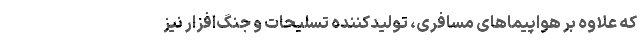
که علاوه ‌بر هواپیماهای مسافری، تولیدکننده تسلیحات و جنگ‌افزار نیز